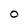
Character: 0